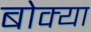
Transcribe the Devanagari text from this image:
बोक्या